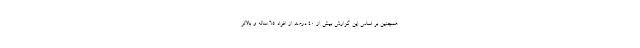
همچنین بر اساس این گزارش بیش از ۴۰ درصد از افراد ۶۵ ساله و بالاتر